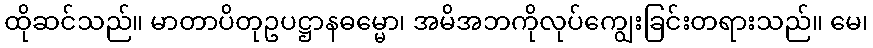
ထိုဆင်သည်။ မာတာပိတုဥပဋ္ဌာနဓမ္မော၊ အမိအဘကိုလုပ်ကျွေးခြင်းတရားသည်။ မေ၊